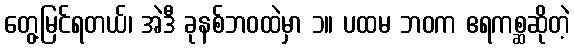
တွေ့မြင်ရတယ်၊ အဲဒီ ခုနစ်ဘဝထဲမှာ ၁။ ပထမ ဘဝက ဧရကစ္ဆဆိုတဲ့